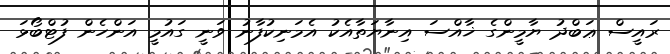
ރައީސް ޢަބްދު ޔާމީންގެ ޚާއްސަ އިނާޔަތާއެކު އެމަނިކުފާނު ވަނީ ގައުމީ އަންހެން ފުޓްބޯޅަ